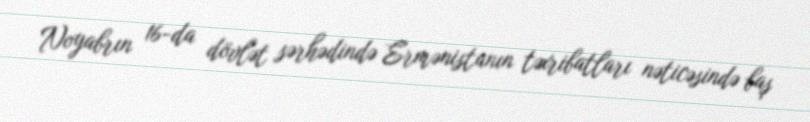
Noyabrın 16-da dövlət sərhədində Ermənistanın təxribatları nəticəsində baş